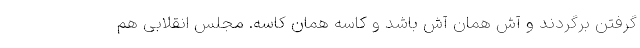
گرفتن برگردند و آش همان آش باشد و کاسه همان کاسه. مجلس انقلابی هم